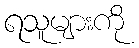
ရသူများကို